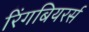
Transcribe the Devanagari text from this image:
रिंगबियरर्स